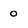
Character: 0